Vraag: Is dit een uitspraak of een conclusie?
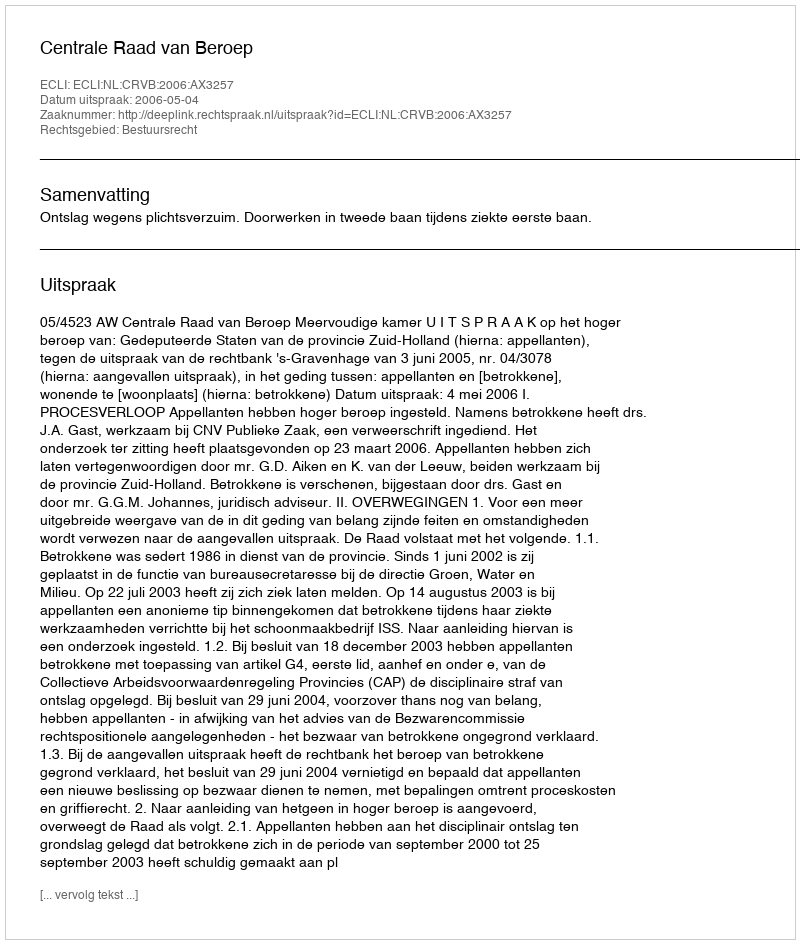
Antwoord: Uitspraak